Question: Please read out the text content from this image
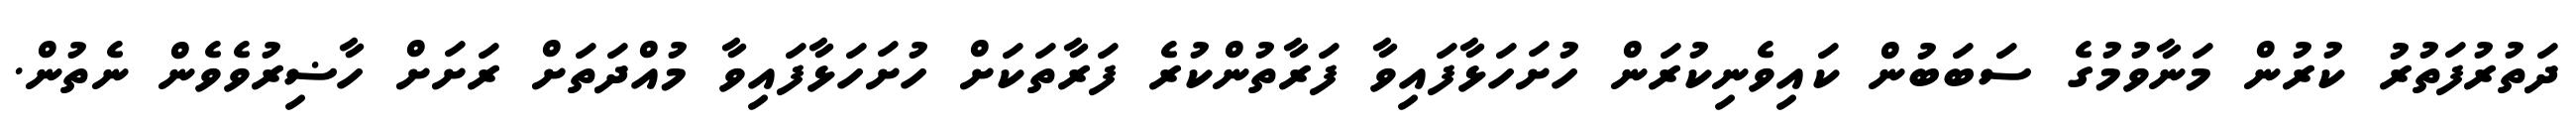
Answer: ދަތުރުފަތުރު ކުރުން މަނާވުމުގެ ސަބަބުން ކައިވެނިކުރަން ހުށަހަޅާފައިވާ ފަރާތުންކުރެ ފަރާތަކަށް ހުށަހަޅާފައިވާ މުއްދަތަށް ރަށަށް ހާޟިރުވެވެން ނެތުން.